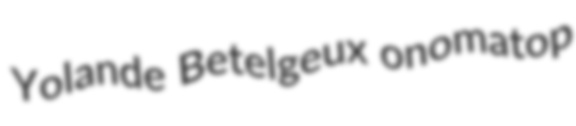
Yolande Betelgeux onomatop